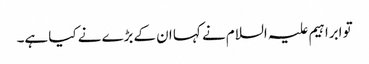
تو ابراہیم علیہ السلام نے کہا ان کےبڑے نے کیا ہے۔